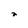
Character: 2